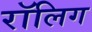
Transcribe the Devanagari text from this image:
रॉलिग